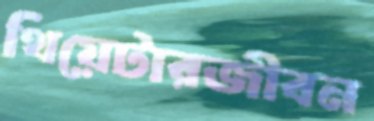
থিয়েটারজীবন